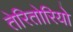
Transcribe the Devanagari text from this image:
तेरितोरियो